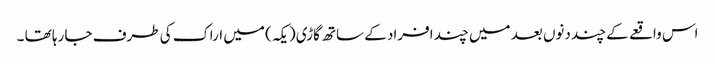
اس واقعے کے چند دنوں بعد میں چند افراد کے ساتھ گاڑی ( یکہ ) میں اراک کی طرف جا رہا تھا ۔